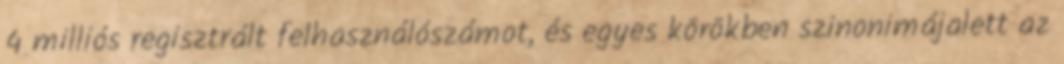
4 milliós regisztrált felhasználószámot, és egyes körökben szinonimájalett az